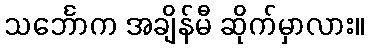
သင်္ဘောက အချိန်မီ ဆိုက်မှာလား။